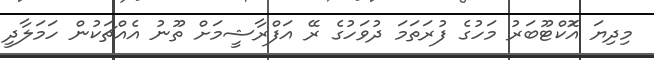
މިދިޔަ އަޮކްޓޫބަރު މަހުގެ ފުރަތަމަ ދުވަހުގެ ރޭ އަފްރާޝީމަށް ތޫނު އެއްޗަކުން ހަމަލާދީ